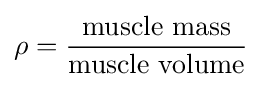
\rho ={{\text{muscle mass}} \over {\text{muscle volume}}}